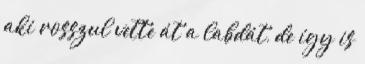
aki rosszul vette át a labdát, de így is